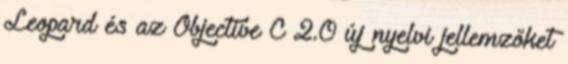
Leopard és az Objective C 2.0 új nyelvi jellemzőket